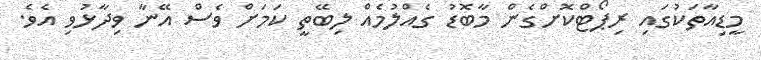
މީޑިއާތަކުގައި ރިޕޯޓްކޮށްގެން މާބޮޑު ގެއްލުމެއް ލިބޭތީ ކަމަށް ވެސް އޭނާ ވިދާޅުވި އެވެ.